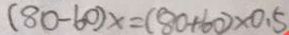
( 8 0 - 6 0 ) x = ( 8 0 + 6 0 ) \times 0 . 5